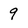
Character: 9